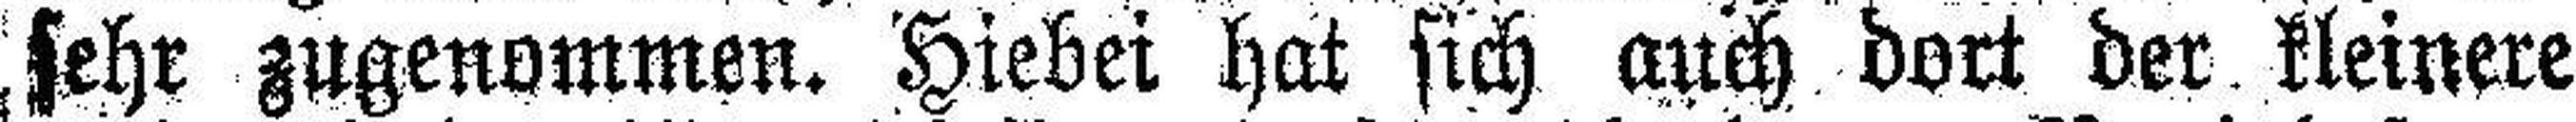
sehr zugenommen. Hiebei hat sich auch dort der kleinere